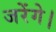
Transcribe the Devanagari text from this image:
जरेंगे।